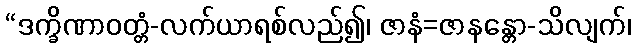
“ဒက္ခိဏာဝတ္တံ-လက်ယာရစ်လည်၍၊ ဇာနံ=ဇာနန္တော-သိလျက်၊